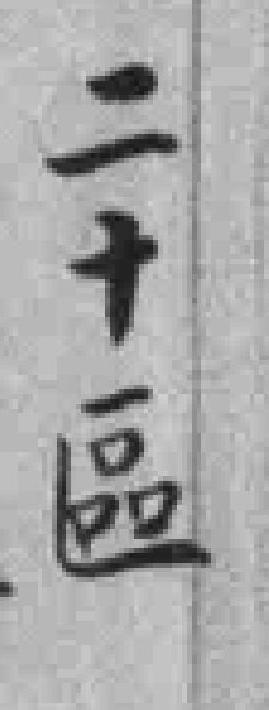
二十區